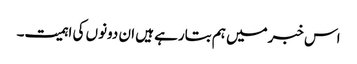
اس خبرمیں ہم بتارہے ہیں ان دونوں کی اہمیت۔